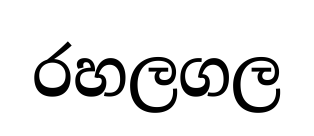
රහලගල